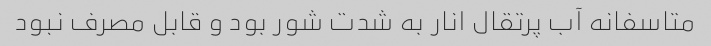
متاسفانه آب پرتقال انار به شدت شور بود و قابل مصرف نبود